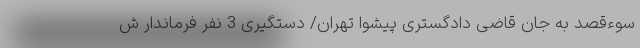
سوءقصد به جان قاضی دادگستری پیشوا تهران/ دستگیری 3 نفر فرماندار ش